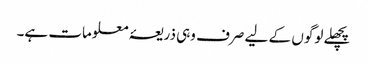
پچھلے لوگوں کے لیے صرف وہی ذریعۂ معلومات ہے۔